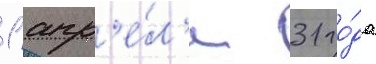
1 апр'е́л'я 31 го́да